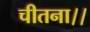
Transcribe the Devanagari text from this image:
चीतना।।